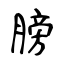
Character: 膀